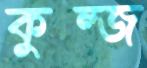
কুল্জ